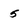
Character: 5